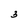
Character: 3